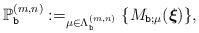
LaTeX: \begin{align*}\mathbb{P}^{(m,n)}_{\texttt{b}}:= _{\mu\in\Lambda^{(m,n)}_{\texttt{b}}} \{ M_{\texttt{b};\mu} (\boldsymbol{\xi}) \} ,\end{align*}